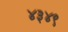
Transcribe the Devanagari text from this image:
४३४९